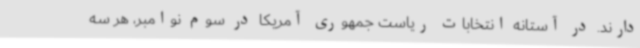
دارند. در آستانه انتخابات ریاست جمهوری آمریکا در سوم نوامبر، هر سه